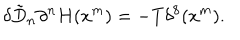
\delta \tilde { D } _ { n } \partial ^ { n } H ( x ^ { m } ) = - T \delta ^ { 8 } ( x ^ { m } ) .